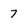
Character: 7